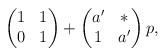
LaTeX: \begin{align*}\begin{pmatrix} 1 & 1 \\ 0 & 1 \end{pmatrix} + \begin{pmatrix} a' & * \\ 1 & a' \end{pmatrix} p,\end{align*}